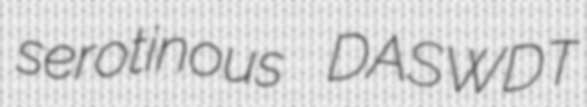
serotinous DASWDT